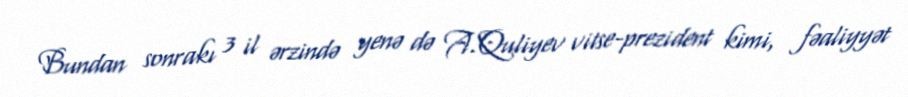
Bundan sonrakı 3 il ərzində yenə də A.Quliyev vitse-prezident kimi, fəaliyyət